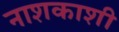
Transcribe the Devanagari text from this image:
नाशकाशी